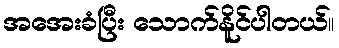
အအေးခံပြီး သောက်နိူင်ပါတယ်။